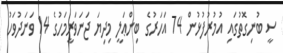
ސީ ބުނިގޮތުގައި އުމުރުފުޅުން 74 އަހަރުގެ ބިންޢަލީ މިދިޔަ ޖަނަވަރީމަހުގެ 14 ވަނަދުވަހު